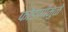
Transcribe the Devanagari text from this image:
फोडणीमुळे